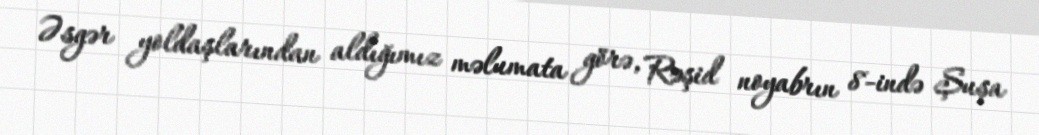
Əsgər yoldaşlarından aldığımız məlumata görə, Rəşid noyabrın 8-ində Şuşa